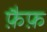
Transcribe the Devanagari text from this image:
फ़ैफ़